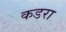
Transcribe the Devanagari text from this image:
कडरा